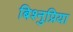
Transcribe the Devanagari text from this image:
बिश्नुप्रिया